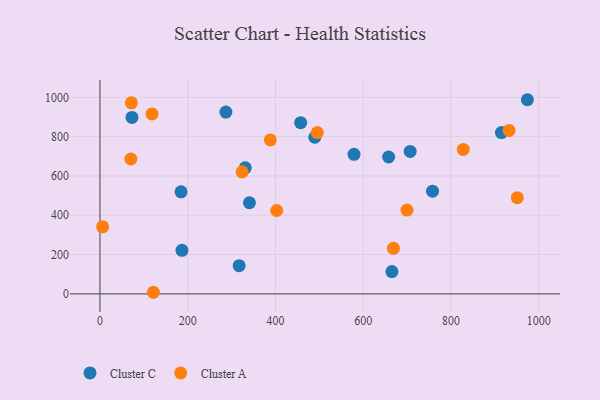
{"axis": {"x": "Study Hours", "y": "Profit"}, "legend": ["Cluster A", "Cluster C"], "data": [{"x": "73.0", "y": 897.5, "type": "Cluster C"}, {"x": "974.0", "y": 987.8, "type": "Cluster C"}, {"x": "331.1", "y": 641.3, "type": "Cluster C"}, {"x": "186.9", "y": 221.4, "type": "Cluster C"}, {"x": "287.0", "y": 925.2, "type": "Cluster C"}, {"x": "579.0", "y": 709.8, "type": "Cluster C"}, {"x": "706.9", "y": 724.5, "type": "Cluster C"}, {"x": "757.9", "y": 522.3, "type": "Cluster C"}, {"x": "457.4", "y": 870.8, "type": "Cluster C"}, {"x": "184.8", "y": 519.2, "type": "Cluster C"}, {"x": "489.6", "y": 796.8, "type": "Cluster C"}, {"x": "665.3", "y": 113.3, "type": "Cluster C"}, {"x": "914.8", "y": 820.6, "type": "Cluster C"}, {"x": "657.8", "y": 696.5, "type": "Cluster C"}, {"x": "317.2", "y": 143.5, "type": "Cluster C"}, {"x": "340.7", "y": 463.5, "type": "Cluster C"}, {"x": "668.8", "y": 231.7, "type": "Cluster A"}, {"x": "71.6", "y": 971.9, "type": "Cluster A"}, {"x": "6.1", "y": 340.9, "type": "Cluster A"}, {"x": "324.0", "y": 620.9, "type": "Cluster A"}, {"x": "699.7", "y": 426.5, "type": "Cluster A"}, {"x": "402.8", "y": 424.2, "type": "Cluster A"}, {"x": "70.4", "y": 686.1, "type": "Cluster A"}, {"x": "388.3", "y": 783.3, "type": "Cluster A"}, {"x": "495.3", "y": 820.7, "type": "Cluster A"}, {"x": "827.9", "y": 734.8, "type": "Cluster A"}, {"x": "951.0", "y": 489.2, "type": "Cluster A"}, {"x": "932.3", "y": 831.7, "type": "Cluster A"}, {"x": "118.7", "y": 915.6, "type": "Cluster A"}, {"x": "121.7", "y": 8.1, "type": "Cluster A"}]}